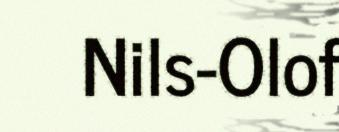
Nils-Olof